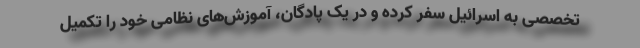
تخصصی به اسرائیل سفر کرده و در یک پادگان، آموزش‌های نظامی خود را تکمیل